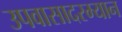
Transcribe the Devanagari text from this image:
उपवासादरम्यान